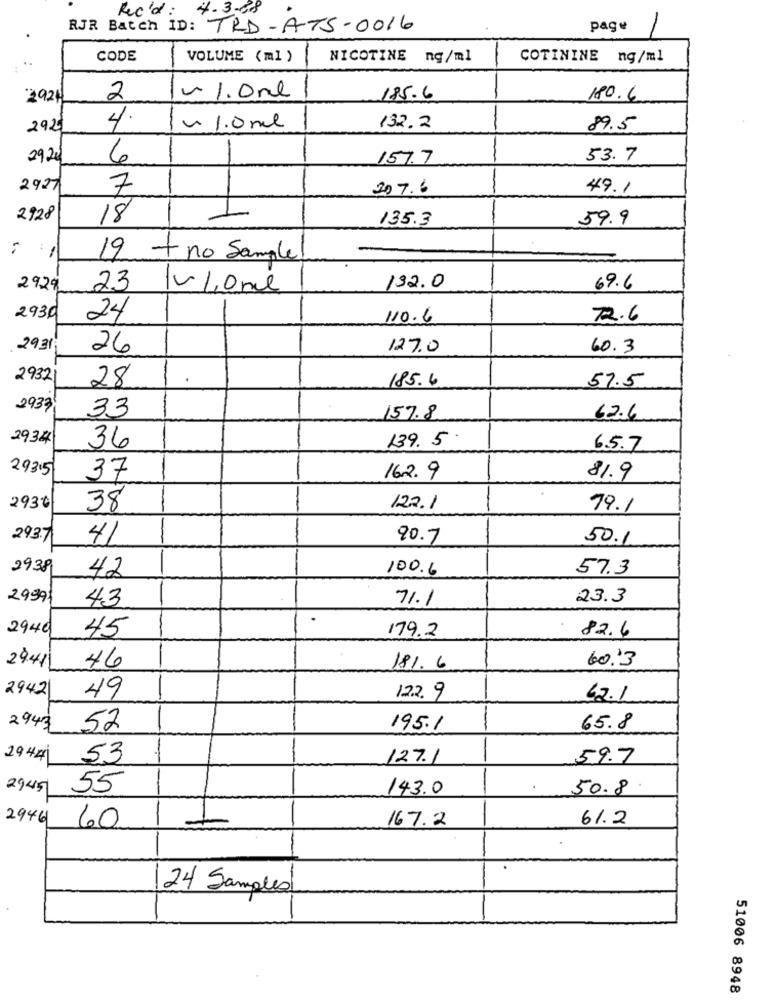
Rec'd: 4-3-38
RJR Batch ID: TRD-ATS-0016
page
CODE
VOLUME (ml )
NICOTINE ng/ml
COTININE ng/ml
2921
2
4 1.0nl
185.6
180.6
4.
292
~ 1.0 ml
132.2
89.5
29,20
6
157.7
53.7
-
2927
7
207.6
49.1
2928
18
135.3
59.9
19
+ no Sample!
2929
23
v/one
132.0
69.6
2930
24
110.6
72.6
2931;
26
127.0
60.3
29321
28
185.6
57.5
2937
33
157.8
62.6
2934
139. 5
36
65.7
29315
37
162.9
81.9
2930
38
12.2.1
79.1
2937
41
90.7
50.1
2938
42
100.6
57.3
29991
43
71.1
23.3
.
2940
45
179.2
82.6
2941
46
181. 6
60.13
2942
49
122.9
62.1
2943
52
195.1
65.8
2944
53
127.1
59.7
2945
55
143.0
50.8.
2946
167.2
61.2
60
24 Samples
51006 8948